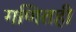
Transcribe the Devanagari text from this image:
गणितही